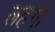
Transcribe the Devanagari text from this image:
लहगा